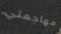
مهاجمتي